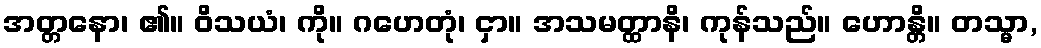
အတ္တနော၊ ၏။ ဝိသယံ၊ ကို။ ဂဟေတုံ၊ ငှာ။ အသမတ္ထာနိ၊ ကုန်သည်။ ဟောန္တိ။ တသ္မာ,